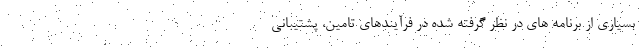
بسیاری از برنامه هاي در نظر گرفته شده در فرآیندهای تامین، پشتیبانی